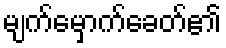
မျက်မှောက်ခေတ်၏